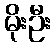
မိုးဦး